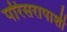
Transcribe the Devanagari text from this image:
परिसरापाशी